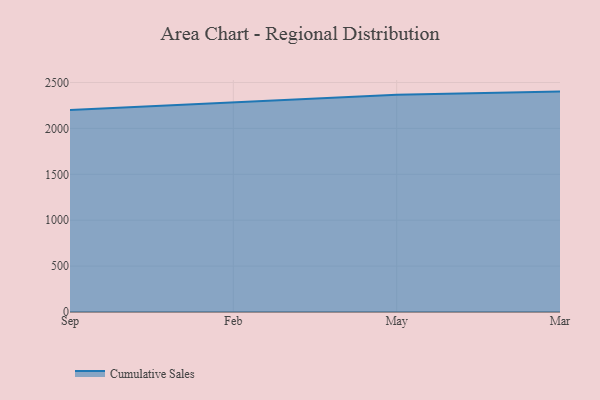
{"axis": {"x": "Month", "y": "Headcount"}, "legend": ["Cumulative Sales"], "data": [{"x": "Sep", "y": 2201.4, "type": "Cumulative Sales"}, {"x": "Feb", "y": 2281.0, "type": "Cumulative Sales"}, {"x": "May", "y": 2366.0, "type": "Cumulative Sales"}, {"x": "Mar", "y": 2401.0, "type": "Cumulative Sales"}]}